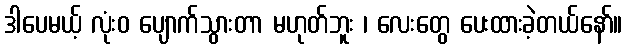
ဒါပေမယ့် လုံးဝ ပျောက်သွားတာ မဟုတ်ဘူး ၊ လေးတွေ ပေးထားခဲ့တယ်နော်။